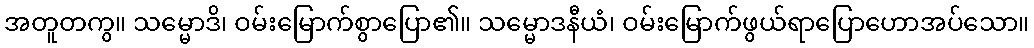
အတူတကွ။ သမ္မောဒိ၊ ဝမ်းမြောက်စွာပြော၏။ သမ္မောဒနီယံ၊ ဝမ်းမြောက်ဖွယ်ရာပြောဟောအပ်သော။